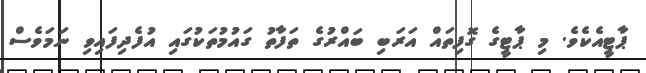
ޕާޓީއެކެވެ. މި ޕާޓީގެ ގޮފިތައް އަރަބި ބައްރުގެ ތަފާތު ގައުމުތަކުގައި އުފެދިފައިވި ނަމަވެސް